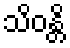
သိဝန္တိ